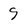
Character: 9